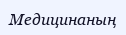
Медицинаның